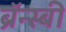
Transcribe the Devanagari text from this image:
ब्रॅन्स्बी